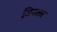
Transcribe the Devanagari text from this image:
ज़िगलर